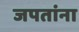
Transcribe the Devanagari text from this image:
जपतांना